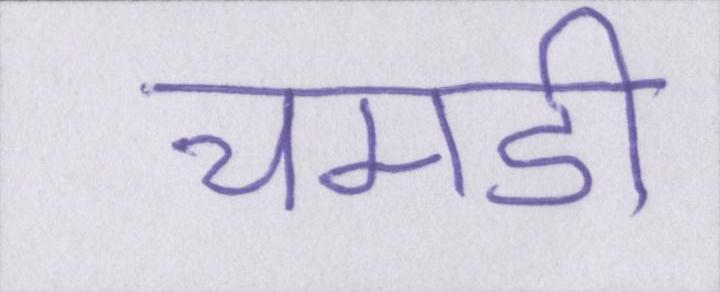
चमडी